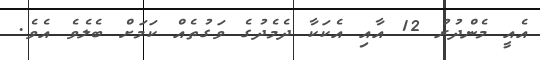
އެއީ މެންދުރު 12 އާއި އެކަކާ ދެމެދުގެ ވަގުތެއް ކަމަށް ބެލެވެ އެވެ.